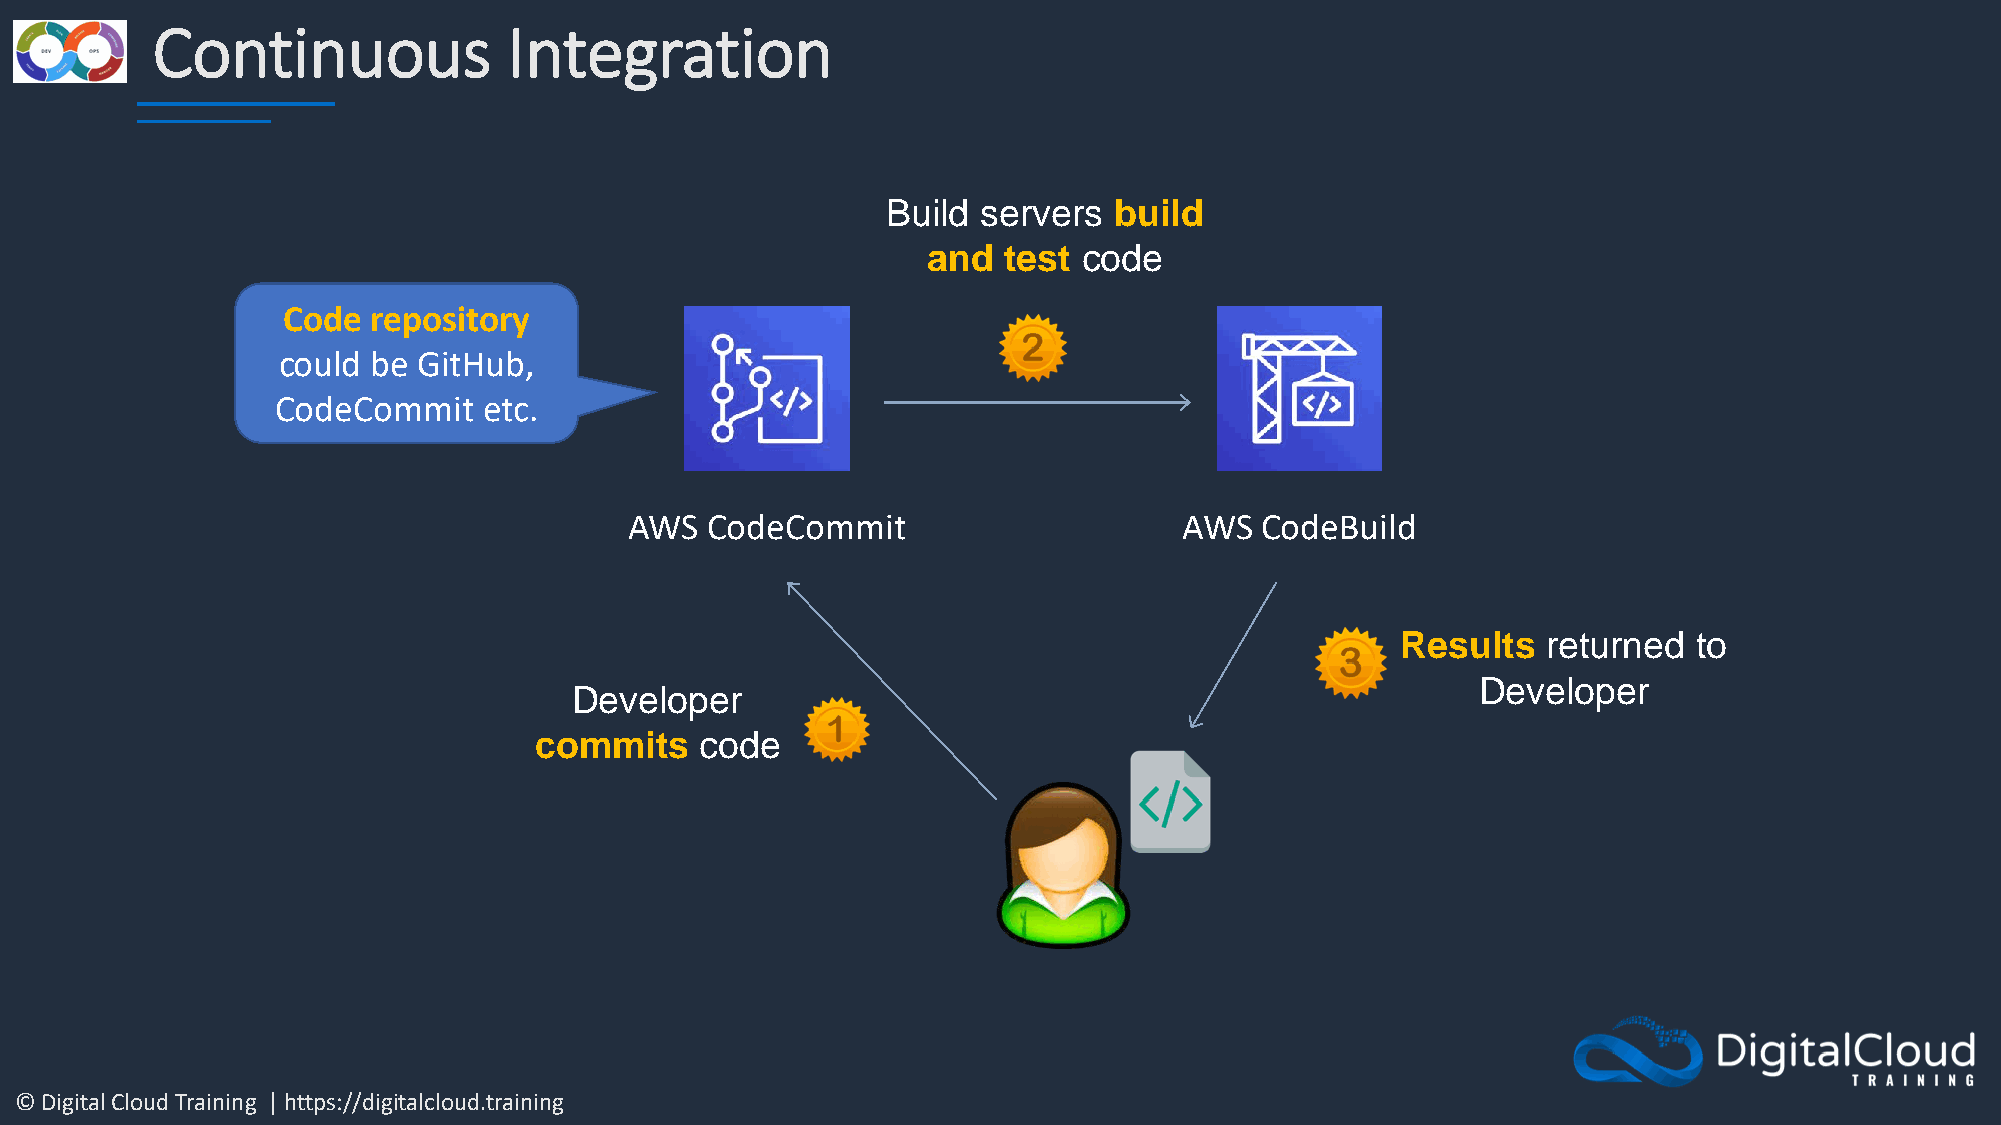
Continuous              Integration
 Build servers  build
 and  test  code
 Code repository
 could  be GitHub,
 CodeCommit    etc.
 AWS  CodeCommit                     AWS  CodeBuild
 Results  returned  to
 Developer
 Developer
 commits    code
 © Digital Cloud Training | https://digitalcloud.training